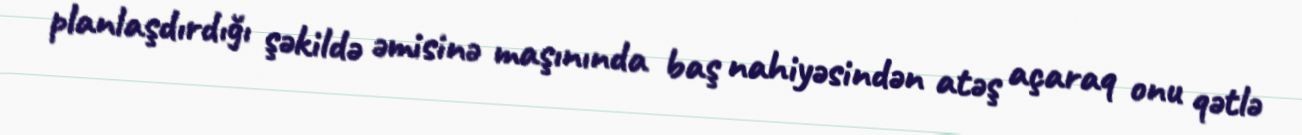
planlaşdırdığı şəkildə əmisinə maşınında baş nahiyəsindən atəş açaraq onu qətlə